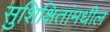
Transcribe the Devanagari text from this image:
सुशिक्षितांमधील